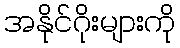
အနိုင်ဂိုးများကို